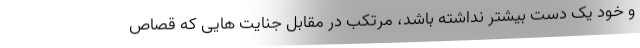
و خود یک دست بیشتر نداشته باشد، مرتکب در مقابل جنایت هایی که قصاص